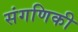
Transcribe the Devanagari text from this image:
संगणिकी